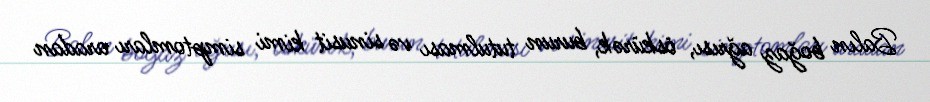
Balın boğaz ağrısı, öskürək, burun tutulması və sinusit kimi simptomları aradan